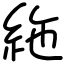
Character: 絁